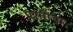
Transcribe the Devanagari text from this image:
परतीचा